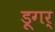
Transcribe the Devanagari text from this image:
डूगर्